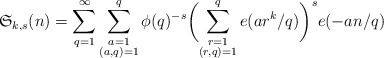
\begin{align*}\mathfrak S_{k,s}(n)=\sum_{q=1}^\infty \sum^q_{\substack{a=1\\ (a,q)=1}}\phi(q)^{-s}\biggl(\sum^q_{\substack{r=1\\ (r,q)=1}}e(ar^k/q)\biggr)^se(-an/q)\end{align*}